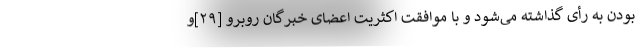
بودن به رأی گذاشته می‌شود و با موافقت اکثریت اعضای خبرگان روبرو [۲۹]و